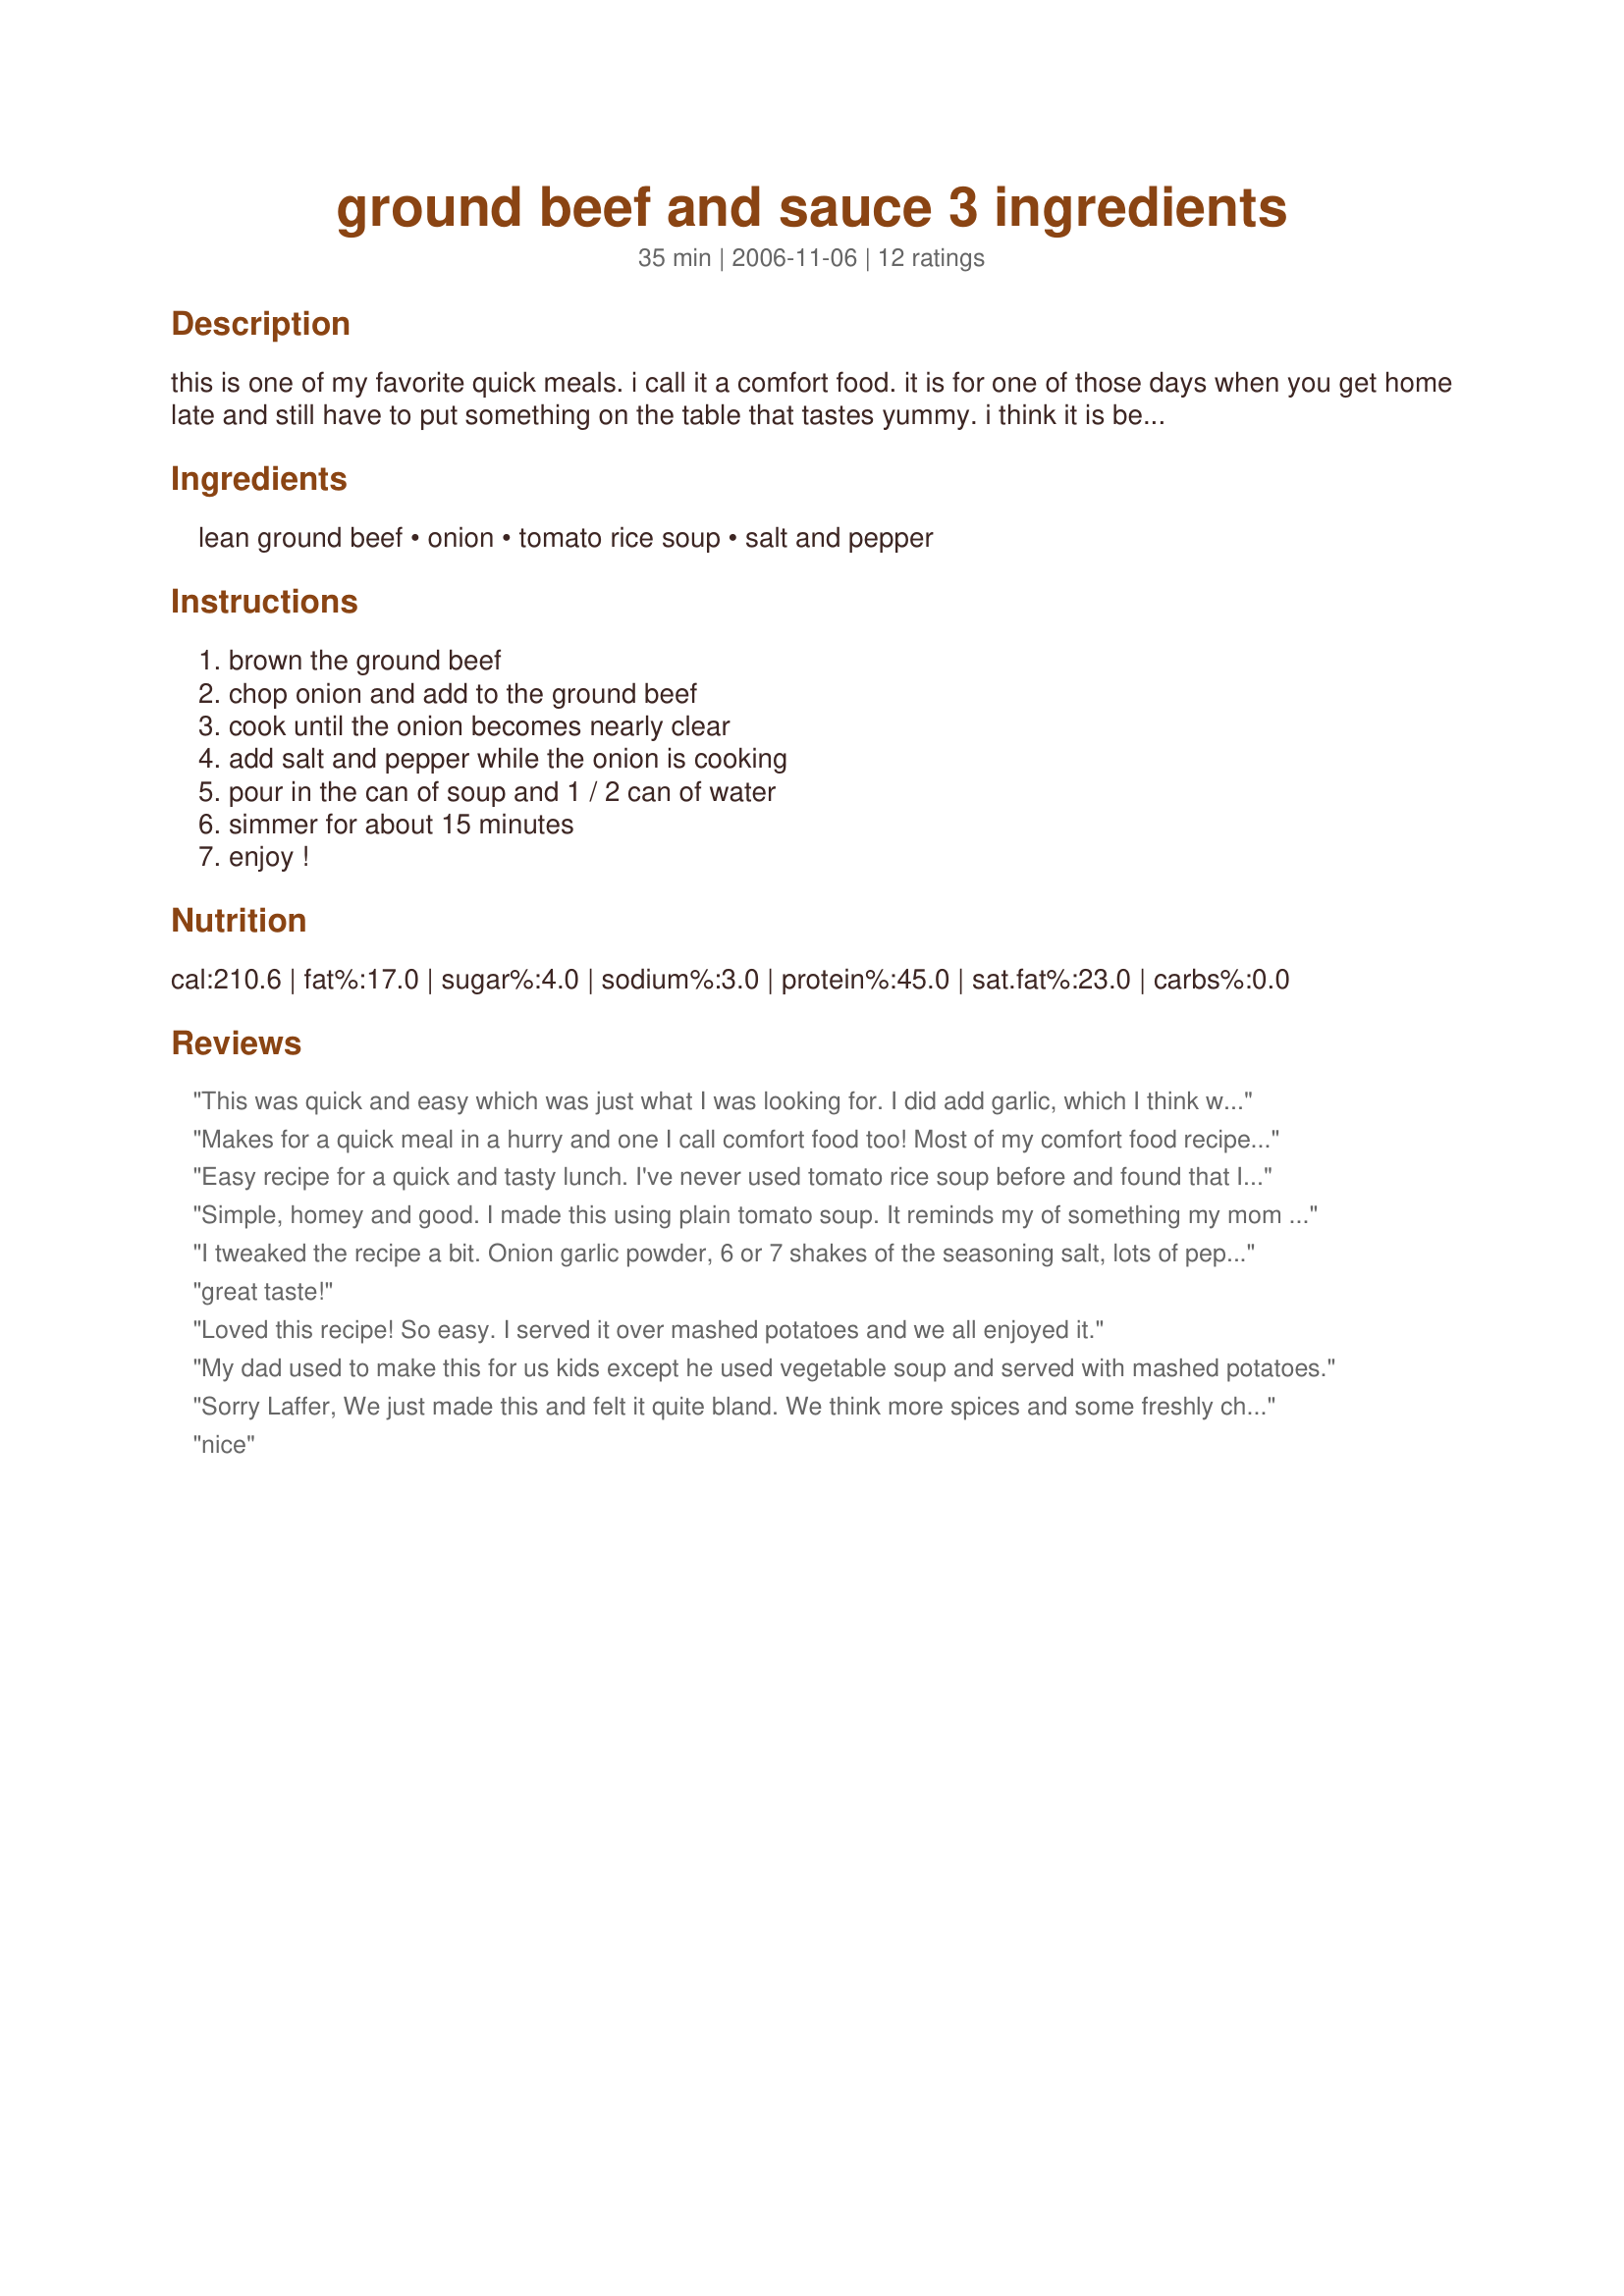
ground beef and sauce 3 ingredients
Preparation time: 35 minutes

this is one of my favorite quick meals. i call it a comfort food. it is for one of those days when you get home late and still have to put something on the table that tastes yummy. i think it is best served with creamy mashed potatoes and a simple vegetable like peas or corn. of course, it never hurts to add a salad to any meal! try it, i think you will like it.

Ingredients:
lean ground beef, onion, tomato rice soup, salt and pepper

Steps:
brown the ground beef, chop onion and add to the ground beef, cook until the onion becomes nearly clear, add salt and pepper while the onion is cooking, pour in the can of soup and 1 / 2 can of water, simmer for about 15 minutes, enjoy !

Reviews:
This was quick and easy which was just what I was looking for. I did add garlic, which I think was a great addition for the flavor. I served it with corn, and can imagine it would be even better served on mashed potatoes. I only wish my grocery store had lower sodium tomatoe rice soup... I may have to experiment with regular rice and tomato sauce and spices.
Makes for a quick meal in a hurry and one I call comfort food too! Most of my comfort food recipes call for tomato soup, the tomato rice is an added touch and one I will now think to for casseroles. Served with a green salad and crusty rolls made for our evening meal on one of those cool rainy summer days we had awhile back.Thank you Laffer.
Easy recipe for a quick and tasty lunch. I've never used tomato rice soup before and found that I love it! I served it over more rice and added a sprinkle of marjoram while it cooked. It was yummy! Thanks for posting Gayla. Made for PAC Spring 2010.
Simple, homey and good. I made this using plain tomato soup. It reminds my of something my mom used to make, but she added celery and green pepper. I thought it needed just a little pick-up, so I added garlic and a little Worcestershire sauce. Yes, I served it over creamy mashed potatoes and everyone was very happy. I'll make this easy meal again..... with my mentioned additions. Thanx!
I tweaked the recipe a bit. Onion garlic powder, 6 or 7 shakes of the seasoning salt, lots of pepper. Omg it is so delicious! Bookmarked for future because I'll definitely make again.
great taste!
Loved this recipe! So easy. I served it over mashed potatoes and we all enjoyed it.
My dad used to make this for us kids except he used vegetable soup and served with mashed potatoes.
Sorry Laffer, We just made this and felt it quite bland. We think more spices and some freshly chopped veggies like celery, water chestnuts, and garlic would make it tastier. With those changes, we feel it would be all that you say it is. Final note, Yes, simplicity is a great part of this, we wanted something different for lunch, and it was quick and easy.
nice
My Mom made this often and I make it a lot,nice and fast and delicious
Supper Yummy! Made this for the first time tonight. Very easy to make...my son said, &quot;You have to make that more often.&quot; It&#039;s a hit and I&#039;m locking it in for my regular meals.
